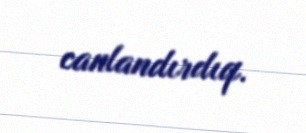
canlandırdıq.